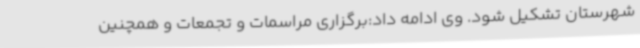
شهرستان تشکیل شود. وی ادامه داد:برگزاری مراسمات و تجمعات و همچنین